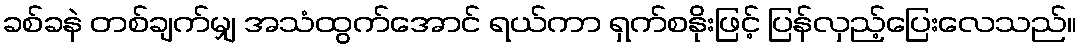
ခစ်ခနဲ တစ်ချက်မျှ အသံထွက်အောင် ရယ်ကာ ရှက်စနိုးဖြင့် ပြန်လှည့်ပြေးလေသည်။